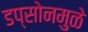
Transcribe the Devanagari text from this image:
डप्सोनमुळे